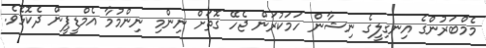
މެމްބަރުންގެ އިނގިލީގެ ނިޝާން ހަމަކުރަން ޖެހޭ ގޮތަށް ނިންމި ނިންމުމާ އެމްޑީޕީން ދެކޮޅެެވެ.